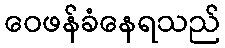
ဝေဖန်ခံနေရသည်